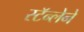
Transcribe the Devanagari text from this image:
स्टॅन्लेने